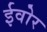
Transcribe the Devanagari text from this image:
ईवोर